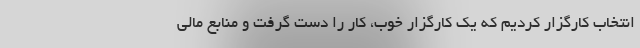
انتخاب کارگزار کردیم که یک کارگزار خوب، کار را دست گرفت و منابع مالی